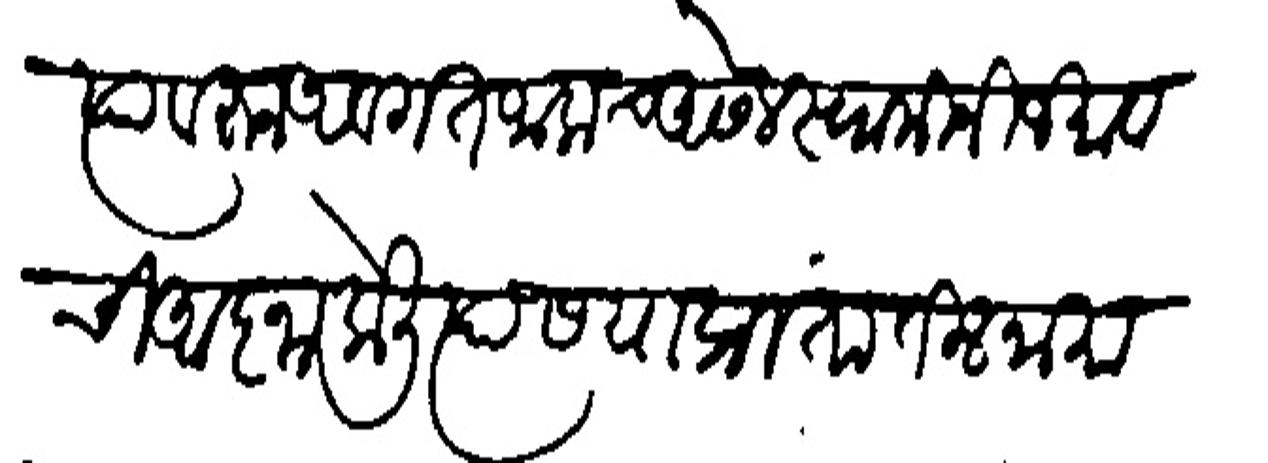
Transliteration (Devanagari): त्यावरुन अवगत जालाच आसेल स्वामीनी जमावाची आज्ञा केली त्यास या प्रांतातील नामांकित